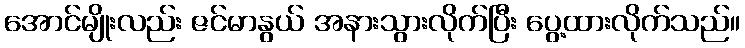
အောင်မျိုးလည်း ဇင်မာနွယ် အနားသွားလိုက်ပြီး ပွေ့ထားလိုက်သည်။